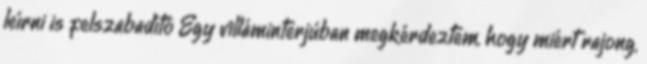
leírni is felszabadító Egy villáminterjúban megkérdeztem, hogy miért rajong,